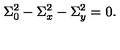
\Sigma _ { 0 } ^ { 2 } - \Sigma _ { x } ^ { 2 } - \Sigma _ { y } ^ { 2 } = 0 .